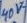
Text: 40V~